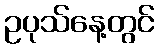
ဥပုသ်နေ့တွင်